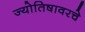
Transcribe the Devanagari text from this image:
ज्योतिषावरचे